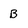
Character: B